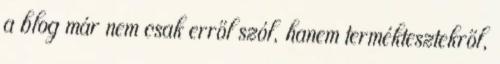
a blog már nem csak erről szól, hanem terméktesztekről,